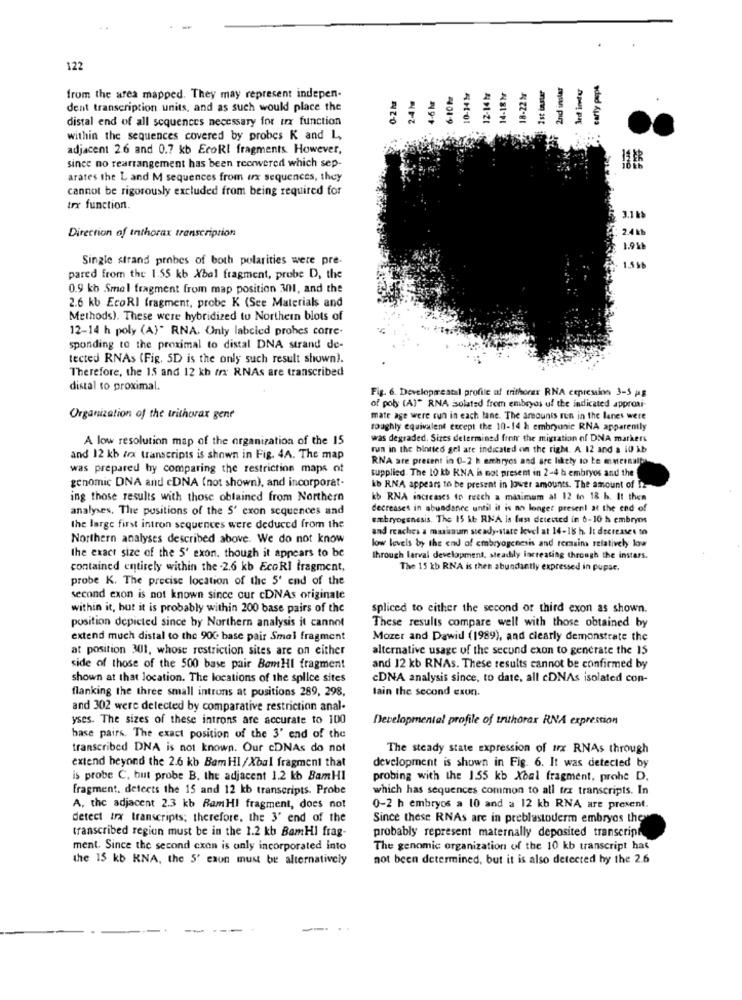
122
Ist instar
2nd instar
carty psps
18-22 fr
from the area mapped. They may represent indepen-
dent transcription units, and as such would place the
distal end of all sequences necessary for urx function
ASI-PI
within the sequences covered by probes K and L,
adjacent 2.6 and 0.7 kb EcoRI fragments. However,
since no rearrangement has been reerwered which sep
arates the L and M sequences from ux sequences, they
cannot be rigorously excluded from being required for
trx function.
3.1 kb
Direction of Inthorax transcription
: 2.4kb
1.91
Single strand probes of both polarities were pre-
1.5 9
pared from the 1.55 kb Xbal fragment, probe D, the
0.9 kb Smel fragment from map position 301, and the
2.6 kb EcoRI fragment, probe K (See Materials and
Methods). These were hybridized tu Northern blots of
12-14 h poly (A)" RNA. Only labeled prohes cotre-
sponding to the proximal to distal DNA strand de-
tected RNAs (Fig. 5D is the only such result shown).
Therefore, the 15 and 12 kh fx RNAs are transcribed
distal to proximal.
Fig. 6. Developæreatal profile af trithorax RNA cepression 3-5 pg
of poly (A)" RNA Solatsd from embryos uf the indicated approxi-
Organization of the trithorax gene
mate age were run in each lane. The amounts run in the lanes were
roughly equivalent except the 10-14 h embryonic RNA apparently
A low resolution map of the organization of the 15
was degraded. Sizes determined fren the migration of DNA markers
run in the hiotted gel are indicated on the right. A 12 and a 10 kb
and 12 kb /rx transcripts is shown in Fig. 4A. The map
RNA are present in 0-2 h embryos and are likely to be matersalt
was prepared hy comparing the restriction maps of
supplied. The 10 kb KNA is not present in 2-4 h embryos and the
genomic DNA and cDNA (not shown), and incorporat-
kb RNA appears to be present in lower amounts. The amount of It
ing those results with those obtained from Northern
kb RNA increases to reach a maximum al 12 to 18 h. It then
analyses. The positions of the S' exon sequences and
decreases in abundance until it is no longer present at the end of
embryogenesis. The 15 it RNA is less deteuted in 6-10 h embryos
the large first intron sequences were deduced from the
and reaches a maxusaum steady-state level at 14-18 h. It decreases to
Northern analyses described above. We do not know
low levels by the end of embryogenesis and remains relatively low
the exact size of the 5' exon. though it appears to be
through larval development, steadily increasing through the instars.
contained entirely within the .2.6 kb EcoRI fragment,
The 15 kb RNA is then abundantly expressed in pupac.
probe K. The precise location of the 5' end of the
second exon is not known since our cDNAs originale
within it, but it is probably within 200 base pairs of the
spliced to either the second or third exon as shown.
These results compare well with those obtained by
position depicted since by Northern analysis it cannot
extend much distal to the 900 base pair Smal fragment
Mozer and Dawid (1989), and clearly demonstrate the
at position 301, whose restriction sites are on either
alternative usage of the second exon to generate the 15
side of those of the 500 base pair BamHI fragment
and 12 kb RNAs. These results cannot be confirmed by
shown at that location. The locations of the splice sites
cDNA analysis since, to date, all cDNAs isolated con-
flanking the three small introns at positions 289, 298,
lain the second exon.
and 302 were detected by comparative restriction anal-
yses. The sizes of these introns are accurate to 100
Developmental profile of truthorar RNA expression
base pairs. The exact position of the 3' end of the
transcribed DNA is not known. Our cDNAs do not
The steady state expression of ux RNAs through
extend beyond the 2.6 kb Bam HI/Xbal fragment that
development is shown in Fig. 6. It was detected by
is probe C. but probe B. the adjacent 1.2 kb BamHI
probing with the 1.55 kb Xbal fragment, prohe D.
fragment. detects the 15 and 12 kb transcripts. Probe
which has sequences common to all trx transcripts. In
A, the adjacent 2.3 kb Ram HI fragment, does not
0-2 h embryos a 10 and a 12 kb RNA are present.
detect trx transcripts; therefore, the 3' end of the
Since these RNAs are in preblastoderm embryos the
transcribed region must be in the 1.2 kb BamHI frag-
probably represent maternally deposited transcript
ment. Since the second exon is only incorporated into
The genomic organization of the 10 kb transcript hat
the 15 kb KNA, the 5' exun must be alternatively
not been determined, but it is also detected by the 2.6